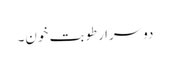
دوسرا رطوبت خون۔